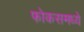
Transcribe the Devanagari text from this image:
फोकसमध्ये